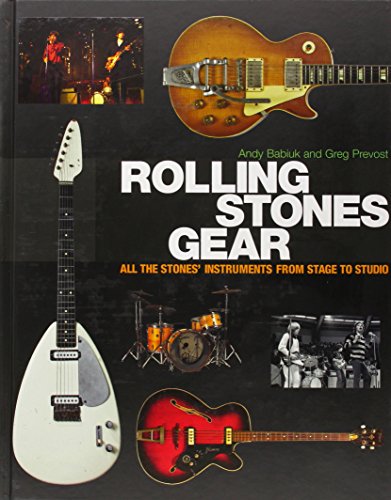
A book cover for Rolling Stones Gear: All the Stones' Instruments from Stage to Studio; Andy Babiuk; Arts & Photography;